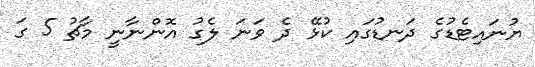
ޔުނައިޓެޑުގެ ދަނޑުގައި ކުޅޭ ދެ ވަނަ ލެގު އޮންނާނީ މާޗު 5 ގަ